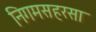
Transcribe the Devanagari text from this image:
निगमसहरसा